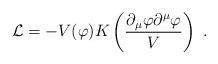
LaTeX: \begin{align*} {\cal L} = -V(\varphi)K\left({\partial_\mu\varphi\partial^\mu\varphi\over V}\right)\ .\end{align*}